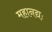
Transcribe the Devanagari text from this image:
महानद्यः